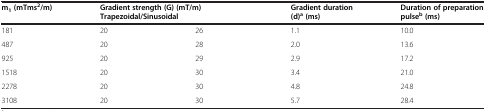
<table><thead><tr><td><b>m<sub>1</sub>(mTms<sup>2</sup>/m)</b></td><td colspan="2"><b>Gradient strength (G) (mT/m) Trapezoidal/Sinusoidal</b></td><td><b>Gradient duration (d)<sup>a</sup>(ms)</b></td><td><b>Duration of preparation pulse<sup>b</sup>(ms)</b></td></tr></thead><tbody><tr><td>181</td><td>20</td><td>26</td><td>1.1</td><td>10.0</td></tr><tr><td>487</td><td>20</td><td>28</td><td>2.0</td><td>13.6</td></tr><tr><td>925</td><td>20</td><td>29</td><td>2.9</td><td>17.2</td></tr><tr><td>1518</td><td>20</td><td>30</td><td>3.4</td><td>21.0</td></tr><tr><td>2278</td><td>20</td><td>30</td><td>4.8</td><td>24.8</td></tr><tr><td>3108</td><td>20</td><td>30</td><td>5.7</td><td>28.4</td></tr></tbody></table>